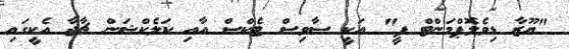
"ޔޫޒާ ޑިވެލޮޕްމަންޓް ފީ" އަކީ ސާވިސް ޓެކްސް އާއި ކަލެކްޝަން ޗާޖާ އެކީގައި